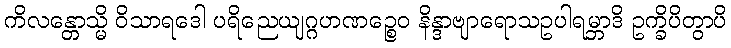
ကိလန္တောသ္မိ ဝိသာရဒေါ ပရိညေယျဂ္ဂဟဏဉ္စေဝ နိန္ဒာဗျာရောသဥပါရမ္ဘာဒိ ဥက္ခိပိတွာပိ